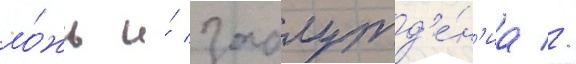
ло́жь и́ заблужд'е́н'иа //